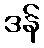
ဒန်